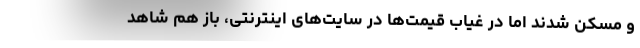
و مسکن شدند اما در غیاب قیمت‌ها در سایت‌های اینترنتی، باز هم شاهد